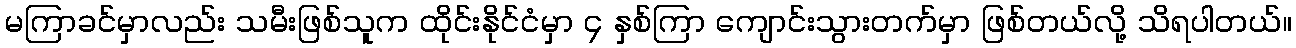
မကြာခင်မှာလည်း သမီးဖြစ်သူက ထိုင်းနိုင်ငံမှာ ၄ နှစ်ကြာ ကျောင်းသွားတက်မှာ ဖြစ်တယ်လို့ သိရပါတယ်။